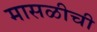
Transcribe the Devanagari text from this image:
मासळीची